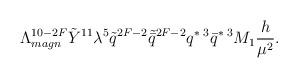
LaTeX: \begin{align*}\Lambda_{magn}^{10-2F} \tilde{Y}^{11} \lambda^5 \tilde{q}^{2F-2}\tilde{\bar{q}}^{2F-2} q^{*\; 3} \bar{q}^{*\; 3} M_1 \frac{h}{\mu^2}.\end{align*}